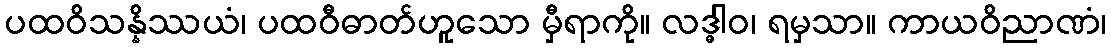
ပထဝိသန္နိဿယံ၊ ပထဝီဓာတ်ဟူသော မှီရာကို။ လဒ္ဓါဝ၊ ရမှသာ။ ကာယဝိညာဏံ၊